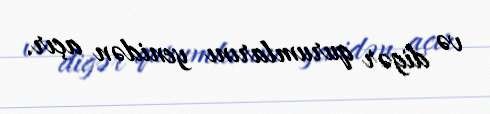
və digər qurumlarını yenidən açır.